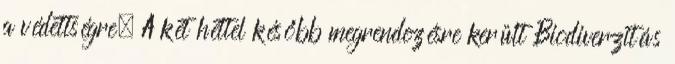
a védettségre. A két héttel később megrendezésre került Biodiverzitás